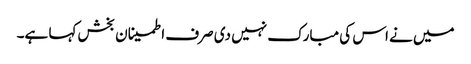
میں نے اس کی مبارک نہیں دی صرف اطمینان بخش کہا ہے۔